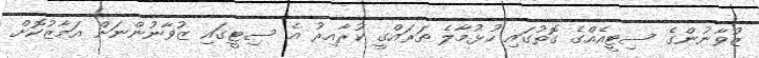
ޒުވާނުންގެ ސިޓީއެއްގެ ގޮތުގައި ހުޅުމާލެ ތަރައްގީ ކުރާއިރު އެ ސިޓީގައި ޒުވާނުންނަށް އަމާޒުކޮށް